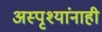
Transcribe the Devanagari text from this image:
अस्पृश्यांनाही